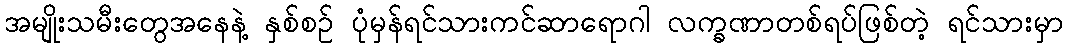
အမျိုးသမီးတွေအနေနဲ့ နှစ်စဉ် ပုံမှန်ရင်သားကင်ဆာရောဂါ လက္ခဏာတစ်ရပ်ဖြစ်တဲ့ ရင်သားမှာ